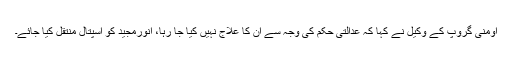
اومنی گروپ کے وکیل نے کہا کہ عدالتی حکم کی وجہ سے ان کا علاج نہیں کیا جا رہا، انورمجید کو اسپتال منتقل کیا جائے۔